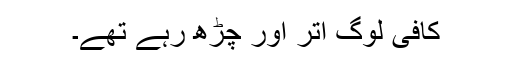
کافی لوگ اتر اور چڑھ رہے تھے۔